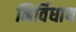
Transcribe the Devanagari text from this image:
निर्विधाय